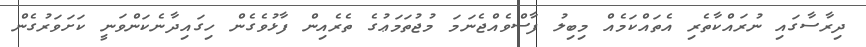
ދިރާސާގައި ނުރައްކާތެރި އެތައްކަމެއް މިބިލު ފާސްވެއްޖެނަމަ މުޖުތަމަޢުގެ ތެރެއިން ފާޅުވެގެން ހިގައިދާނެކަންވަނީ ކަށަވަރުގެން